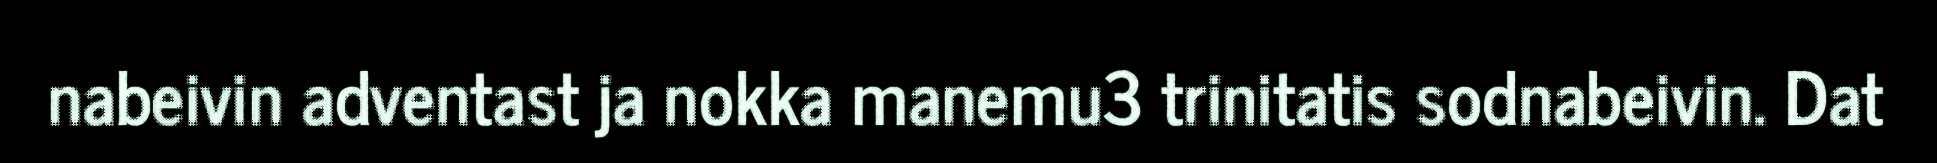
nabeivin adventast ja nokka manemu3 trinitatis sodnabeivin. Dat